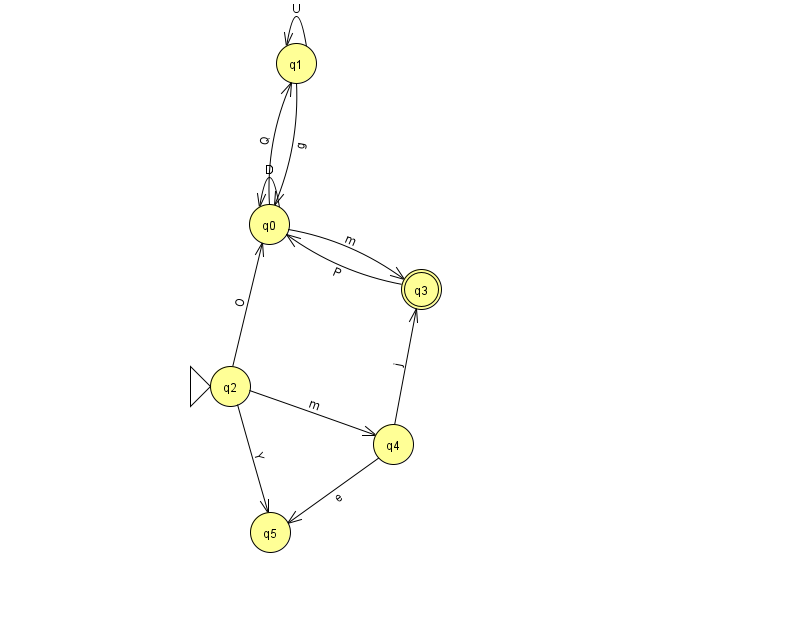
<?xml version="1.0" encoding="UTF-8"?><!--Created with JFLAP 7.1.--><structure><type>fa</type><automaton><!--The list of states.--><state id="0" name="q0"><x>269.0</x><y>211.0</y></state><state id="1" name="q1"><x>296.0</x><y>50.0</y></state><state id="2" name="q2"><x>230.0</x><y>373.0</y><initial/></state><state id="3" name="q3"><x>421.0</x><y>276.0</y><final/></state><state id="4" name="q4"><x>393.0</x><y>431.0</y></state><state id="5" name="q5"><x>270.0</x><y>519.0</y></state><!--The list of transitions.--><transition><from>0</from><to>1</to><read>Q</read></transition><transition><from>4</from><to>3</to><read>j</read></transition><transition><from>2</from><to>5</to><read>Y</read></transition><transition><from>0</from><to>0</to><read>D</read></transition><transition><from>0</from><to>3</to><read>m</read></transition><transition><from>1</from><to>1</to><read>U</read></transition><transition><from>1</from><to>0</to><read>g</read></transition><transition><from>3</from><to>0</to><read>P</read></transition><transition><from>4</from><to>5</to><read>e</read></transition><transition><from>2</from><to>0</to><read>O</read></transition><transition><from>2</from><to>4</to><read>m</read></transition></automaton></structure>